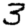
Digit: 3